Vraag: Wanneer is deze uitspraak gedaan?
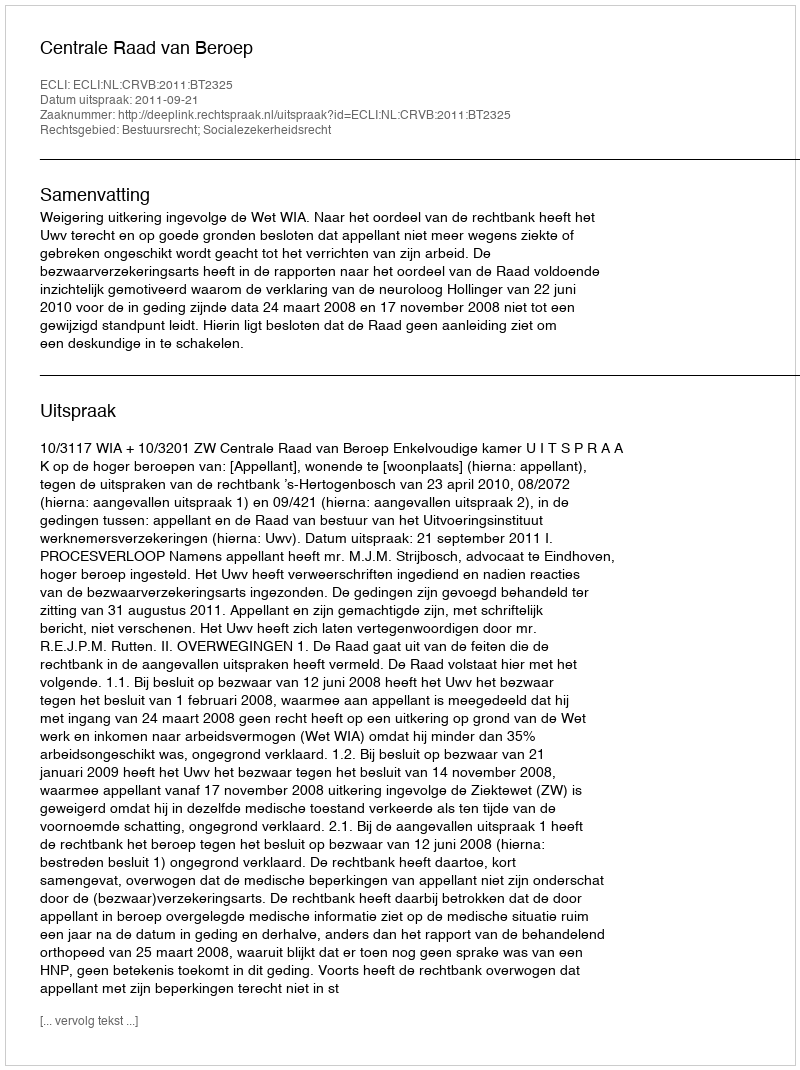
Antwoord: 2011-09-21